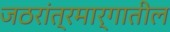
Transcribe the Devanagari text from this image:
जठरांत्रमार्गातील